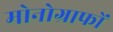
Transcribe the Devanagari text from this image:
मोनोग्राफों